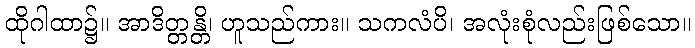
ထိုဂါထာ၌။ အာဒိတ္တန္တိ၊ ဟူသည်ကား။ သကလံပိ၊ အလုံးစုံလည်းဖြစ်သော။